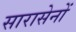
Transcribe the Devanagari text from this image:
सारासेनों